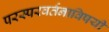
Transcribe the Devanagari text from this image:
परस्परवर्तनाविषयी